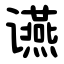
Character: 䜩